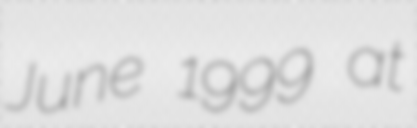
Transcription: June 1999 at